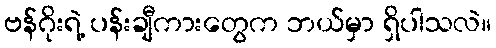
ဗန်ဂိုးရဲ့ ပန်းချီကားတွေက ဘယ်မှာ ရှိပါသလဲ။